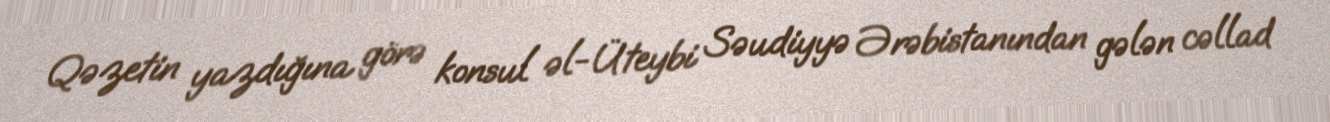
Qəzetin yazdığına görə konsul əl-Üteybi Səudiyyə Ərəbistanından gələn cəllad